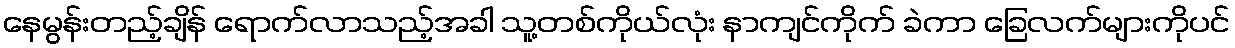
နေမွန်းတည့်ချိန် ရောက်လာသည့်အခါ သူ့တစ်ကိုယ်လုံး နာကျင်ကိုက် ခဲကာ ခြေလက်များကိုပင်